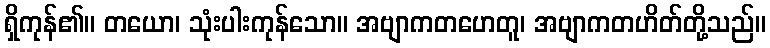
ရှိကုန်၏။ တယော၊ သုံးပါးကုန်သော။ အဗျာကတဟေတူ၊ အဗျာကတဟိတ်တို့သည်။